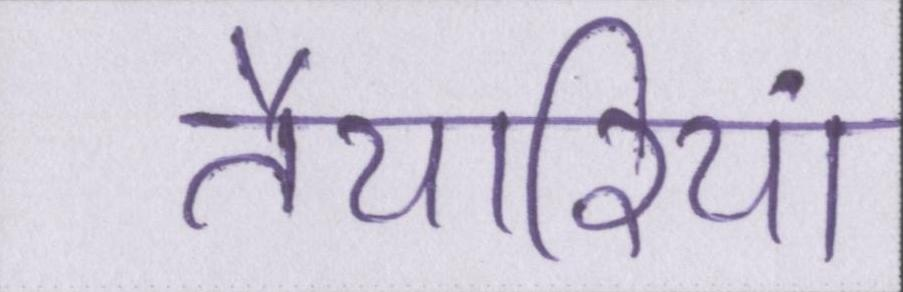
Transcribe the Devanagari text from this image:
तैयारियां